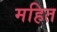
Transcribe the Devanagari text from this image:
महित